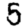
Digit: 5